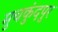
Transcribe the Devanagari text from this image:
मुचकुंदपुर